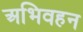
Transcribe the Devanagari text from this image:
अभिवहन